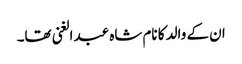
ان کے والد کا نام شاہ عبد الغنی تھا۔